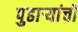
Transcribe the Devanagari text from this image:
पुढार्‍यांची